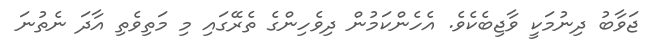
ޖަވާބު ދިނުމަކީ ވާޖިބެކެވެ. އެހެންކަމުން ދިވެހިންގެ ތެރޭގައި މި މަތިވެތި އާދަ ނެތުނަ